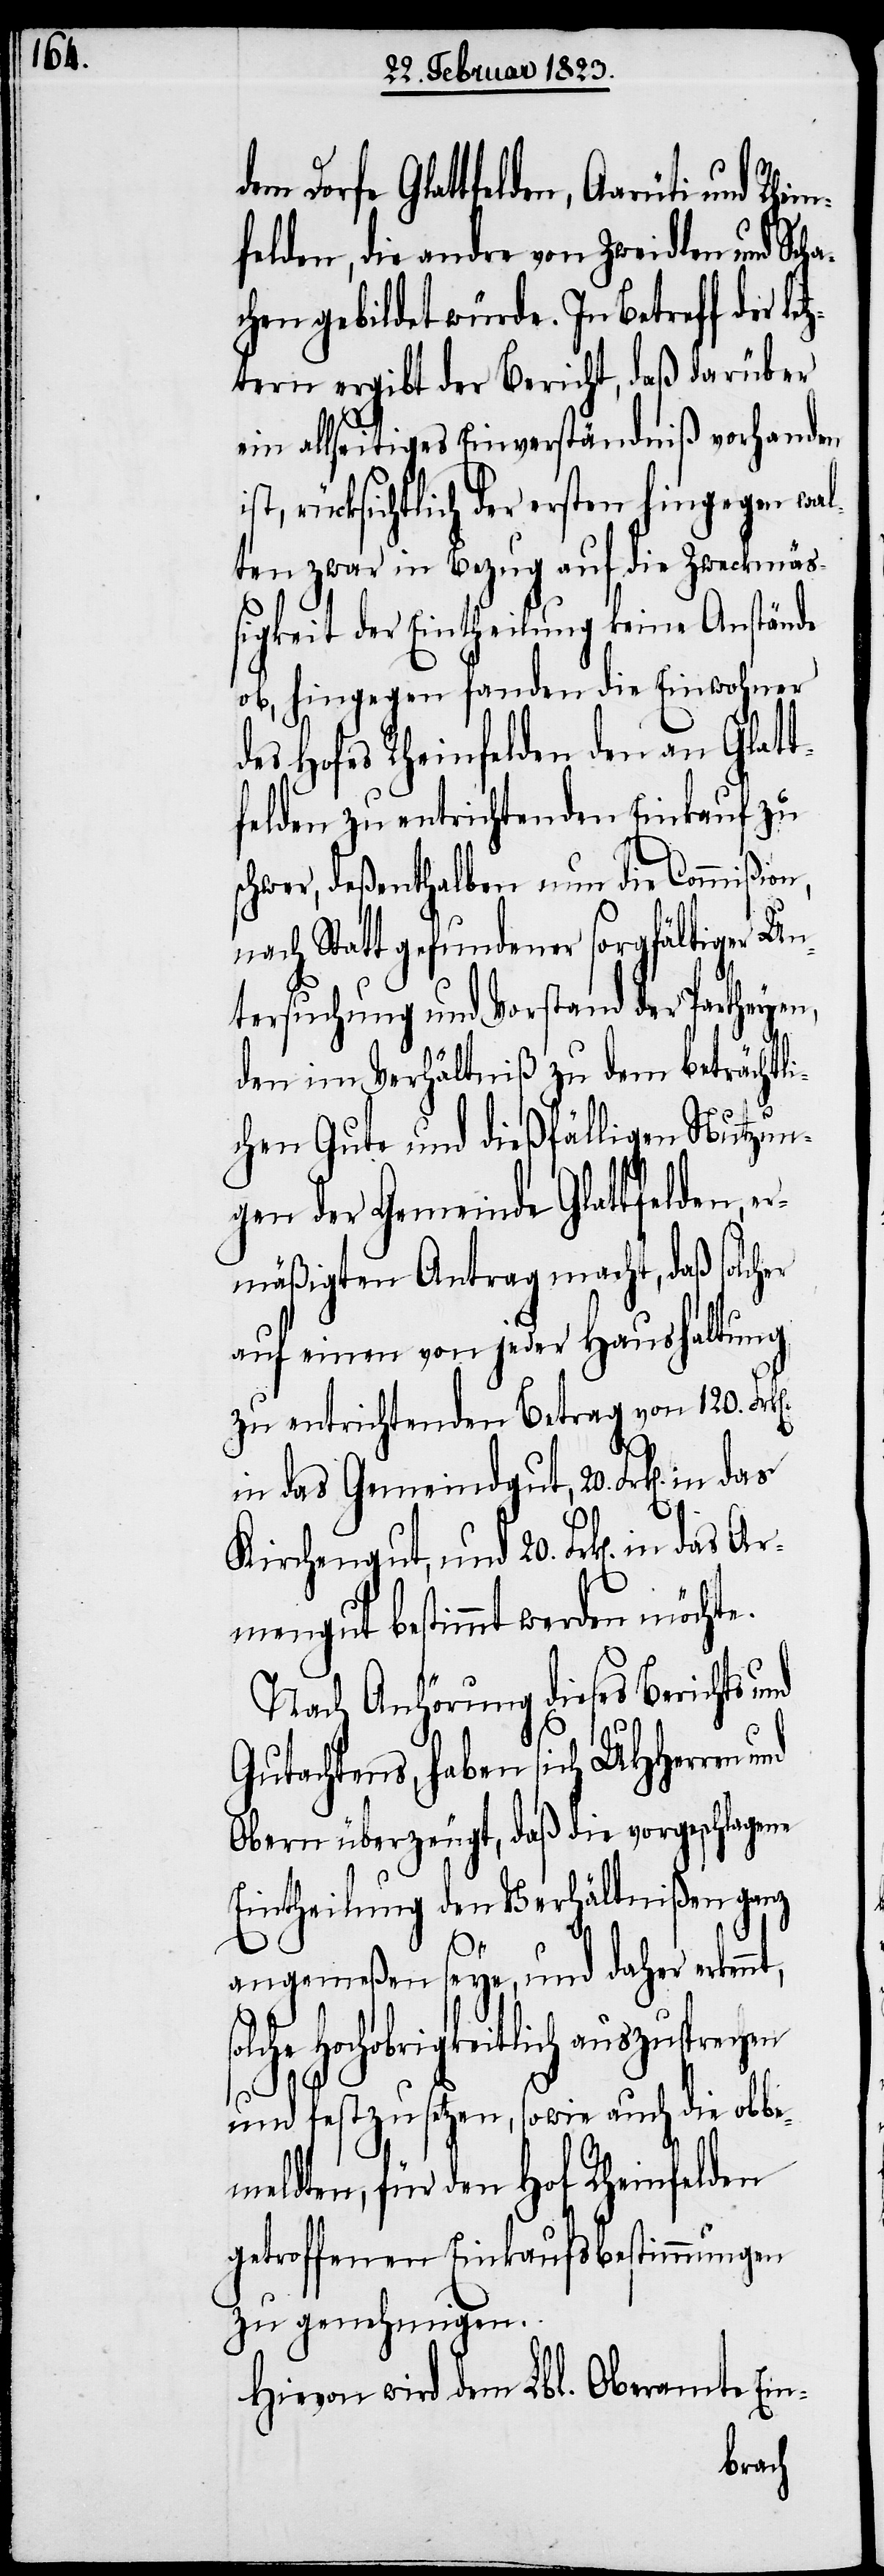
i¬

dem Dorfe Glattfelden, Aarüti und
felden, die andre von Zweidlen und Scha¬
chen gebildet würde. In Betreff der l¬
ztern ergibt der Bericht, daß darüber
ein allseitiges Einverständniß vorhanden
st, rücksichtlich der ersten hingegen wal¬
ten zwar in Bezug auf die Zweckmäß¬
igkeit der Eintheilung keine Anstände
ob, hingegen fanden die Einwohner
des Hofes Rheinfelden den an Glatt¬
felden zu entrichtenden Einkauf zu
schwer, deßenthalben nun die Commißion,
nach Statt gefundener sorgfältiger Un¬
tersuchung und Vorstand der Partheyen,
den im Verhältniß zu dem beträchtli¬
chen Gute und dießfälligen Nutzun¬
gen der Gemeinde Glattfelden, e¬
rmäßigten Antrag macht, daß solcher
auf einen von jeder Haushaltung
zu entrichtenden Betrag von 120.
in das Gemeindgut, 20. Frk[en].
Kirchengut, und 20. Frk[en]. in
Armengut bestimmt werden möchte.
Nach Anhörung dieses Berichts und
Gutachtens, haben sich UHHerren
Obern überzeugt, daß die vorgeschlagene
Eintheilung den Verhältnißen ganz
angemeßen seye, und daher
Hochobrigkeitlich auszusprechen
und festzusetzen, sowie auch die obbe¬
meldten, für den Hof Rheinfelden
getroffenen Einkaufsbestimmungen
zu genehmigen.
Hievon wird dem Lbl. Oberamte Em-
Rhein¬